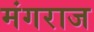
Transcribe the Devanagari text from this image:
मंगराज